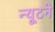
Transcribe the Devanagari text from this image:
न्यूटने